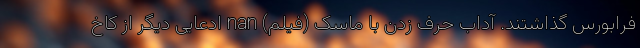
فرابورس گذاشتند. آداب حرف زدن با ماسک (فیلم) nan ادعایی دیگر از کاخ